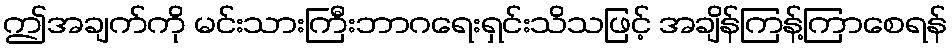
ဤအချက်ကို မင်းသားကြီးဘာဂရေးရှင်းသိသဖြင့် အချိန်ကြန့်ကြာစေရန်